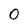
Character: 0